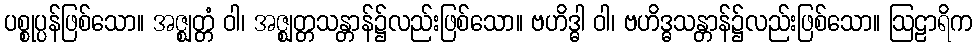
ပစ္စုပ္ပန်ဖြစ်သော။ အဇ္ဈတ္တံ ဝါ၊ အဇ္ဈတ္တသန္တာန်၌လည်းဖြစ်သော။ ဗဟိဒ္ဓါ ဝါ၊ ဗဟိဒ္ဓသန္တာန်၌လည်းဖြစ်သော။ ဩဠာရိက